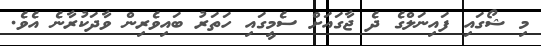
މި ޝޯގައި ފައިނަލްގެ ދެ ޖާގައަށް ސެމީގައި ހަތަރު ބައިވެރިން ވާދަކުރާނެ އެވެ.